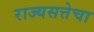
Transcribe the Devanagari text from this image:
राज्यसत्तेचा